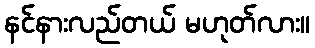
နင်နားလည်တယ် မဟုတ်လား။